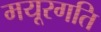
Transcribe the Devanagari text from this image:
मयूरगति